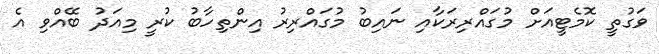
ވަގުތީ ކޮމެޓީއަށް މުގައްރިރަކާއި ނައިބު މުގައްރިރު އިންތިހާބު ކުރީ މިއަދު ބޭއްވި އެ